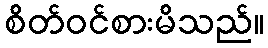
စိတ်ဝင်စားမိသည်။